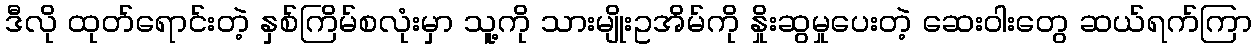
ဒီလို ထုတ်ရောင်းတဲ့ နှစ်ကြိမ်စလုံးမှာ သူ့ကို သားမျိုးဥအိမ်ကို နှိုးဆွမှုပေးတဲ့ ဆေးဝါးတွေ ဆယ်ရက်ကြာ